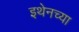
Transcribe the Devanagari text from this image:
इथेनच्या